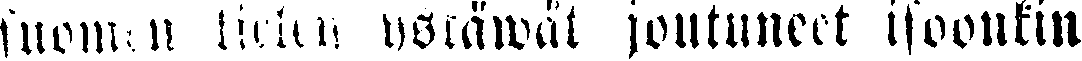
suomen kielen ystäwät joutuneet isoonkin